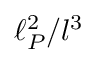
\ell _ { P } ^ { 2 } / l ^ { 3 }